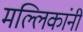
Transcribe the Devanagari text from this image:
मल्लिकांनी